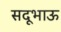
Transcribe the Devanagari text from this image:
सदूभाऊ